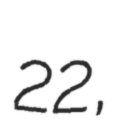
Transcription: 22,